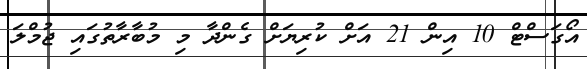
އޯގަސްޓް 10 އިން 21 އަށް ކުރިޔަށް ގެންދާ މި މުބާރާތުގައި ޖުމްލަ